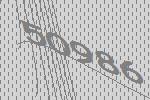
50986